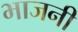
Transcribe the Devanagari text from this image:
भाजनी